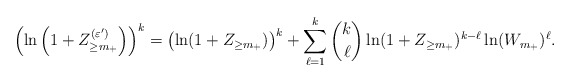
\begin{align*} \left( \ln \left( 1+Z_{\geq m_+}^{(\varepsilon')} \right) \right)^k = \left( \ln(1+Z_{\geq m_+}) \right)^k + \sum_{\ell=1}^{k} \binom{k}{\ell} \ln(1+Z_{\geq m_+})^{k-\ell}\ln(W_{m_+})^\ell.\end{align*}